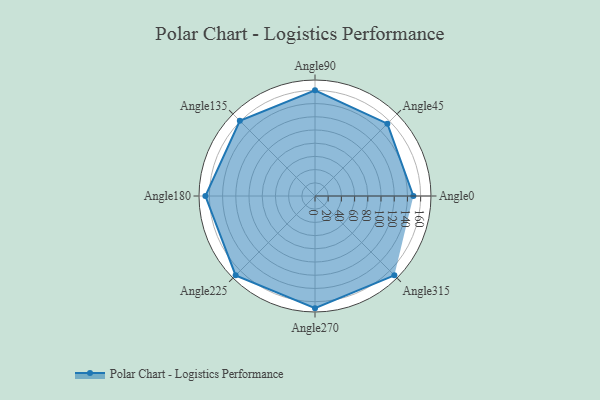
{"axis": {"x": "Angle", "y": "Radius"}, "legend": [""], "data": [{"x": "Angle0", "y": 149.0, "type": ""}, {"x": "Angle45", "y": 155.0, "type": ""}, {"x": "Angle90", "y": 160.0, "type": ""}, {"x": "Angle135", "y": 161.0, "type": ""}, {"x": "Angle180", "y": 166.0, "type": ""}, {"x": "Angle225", "y": 170.0, "type": ""}, {"x": "Angle270", "y": 170, "type": ""}, {"x": "Angle315", "y": 170, "type": ""}]}